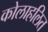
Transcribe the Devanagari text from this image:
कोलाहलित